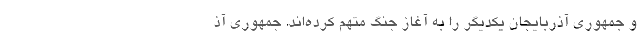
و جمهوری آذربایجان یکدیگر را به آغاز جنگ متهم کرده‌اند. جمهوری آذ